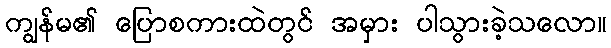
ကျွန်မ၏ ပြောစကားထဲတွင် အမှား ပါသွားခဲ့သလော။